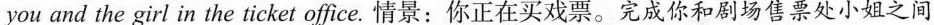
you and the girl in the ticket office. 情景:你正在买戏票.完成你和剧场售票处小姐之间